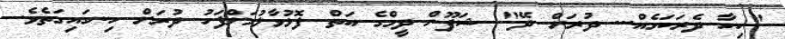
"ކިހާ ދެރަކަމެއް... ދުރަށް ދޭ" ޝަފޫން ދީމްގެ އަތް ފޮޅުވާލުމަށްފަހު ދުރަށް ހިނގައިގަތެވެ.